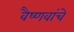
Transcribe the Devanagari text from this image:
वैष्णवांचे